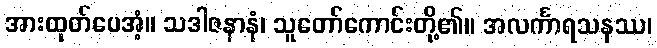
အားထုတ်ပေအံ့။ သဒါဇနာနံ၊ သူတော်ကောင်းတို့၏။ အလင်္ကာရသနဿ၊